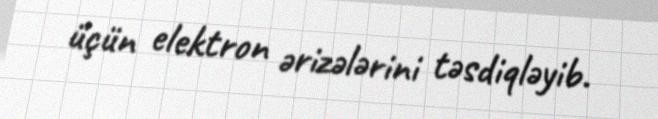
üçün elektron ərizələrini təsdiqləyib.